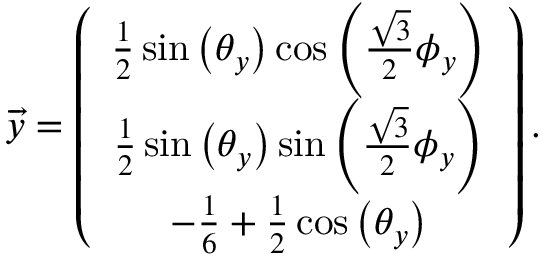
\begin{array} { r } { \overrightarrow { y } = \left( \begin{array} { c } { \frac { 1 } { 2 } \sin \left( \theta _ { y } \right) \cos \left( \frac { \sqrt { 3 } } { 2 } \phi _ { y } \right) } \\ { \frac { 1 } { 2 } \sin \left( \theta _ { y } \right) \sin \left( \frac { \sqrt { 3 } } { 2 } \phi _ { y } \right) } \\ { - \frac { 1 } { 6 } + \frac { 1 } { 2 } \cos \left( \theta _ { y } \right) } \end{array} \right) . } \end{array}